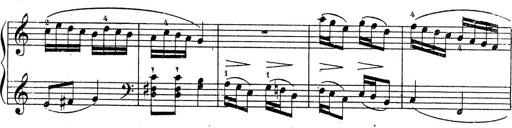
Title: 10 Sonatinas
Composer: Fritz Spindler